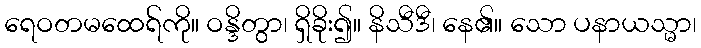
ရေဝတမထေရ်ကို။ ဝန္ဒိတွာ၊ ရှိခိုး၍။ နိသီဒီ၊ နေ၏။ သော ပနာယသ္မာ၊